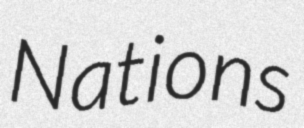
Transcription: Nations